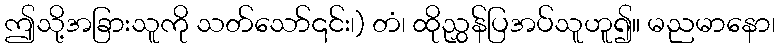
ဤသို့အခြားသူကို သတ်သော်၎င်း၊) တံ၊ ထိုညွှန်ပြအပ်သူဟူ၍။ မညမာနော၊